system: You are a helpful assistant.
user:
Analyze the provided spectrum to determine if it is a **White Dwarf (WD)**.

A White Dwarf spectrum is defined by its **extreme purity** (due to gravitational settling) and/or **extreme pressure broadening** (due to high surface gravity). You must check for one of the following mutually exclusive signatures:

- **Key Visual Indicators (Check for ONE of these types):**

    - **1. DA-Type Signature (Most Common):**
        - **(Primary Feature):** Extreme pressure broadening (Stark broadening) of the **Hydrogen (H) Balmer lines**.
        - **(Key Lines):** $H\beta$ (approx. $4861$ Å) and $H\gamma$ (approx. $4340$ Å). $H\alpha$ (approx. $6563$ Å) will also be present if the wavelength range covers it.
        - **(Line Profile):** This is the **defining feature**. The lines are **NOT** sharp. They appear as massive, **extremely broad and deep "troughs" or "dips"** in the spectrum, often hundreds of Ångströms wide. The continuum will appear to "scoop" down at these wavelengths.
        - **(Distinction):** Normal A-type or B-type stars have *narrow* and *sharp* Hydrogen lines. A DA White Dwarf's lines are unmistakably "smeared" or "blurry" from pressure.

    - **2. DB-Type Signature:**
        - **(Primary Feature):** Broad absorption lines from **Neutral Helium (He I)**. The spectrum must lack any visible Hydrogen lines.
        - **(Key Lines):** Look for broad absorption near $4471$ Å, $4921$ Å, and $5876$ Å.
        - **(Line Profile):** These lines are also significantly pressure-broadened, appearing much wider than they would in a normal B-type main-sequence star.

    - **3. DC-Type Signature:**
        - **(Primary Feature):** A **featureless continuous spectrum**.
        - **(Line Profile):** The spectrum is a smooth curve with **no significant absorption or emission lines**.
        - **(Key Confirmation):** The continuum is almost always **blue or white**, indicating a hot object. This signature implies the atmosphere is so pure (or so cool) that no spectral lines are visible in the optical range. Its WD identity is confirmed by its extremely low intrinsic brightness (high absolute magnitude).

    - **4. DZ-Type Signature (Metal-Polluted):**
        - **(Primary Feature):** **Isolated, narrow metal absorption lines** on an otherwise featureless (DC-like) continuum.
        - **(Key Lines):** The **Calcium (Ca II) H & K doublet** (approx. **$3934$ Å** and **$3968$ Å**) is the most common and defining feature.
        - **(Line Profile):** These lines are "out of place." They are *not* part of a "forest" of thousands of lines. This signature is evidence of recent *accretion* (pollution) from rocky debris.
        - **(Distinction):** Normal G/K/M stars have a *dense forest* of thousands of metal lines. A DZ has a *clean* continuum with *only a few* strong metal lines.

    - **5. DQ-Type Signature (Carbon-Polluted):**
        - **(Primary Feature):** Absorption bands from **Carbon (C₂ "Swan Bands" or atomic C I)**.
        - **(Key Lines - C₂):** Look for bandheads with a "saw-tooth" shape near $5635$ Å, **$5165$ Å** (strongest), and $4737$ Å.
        - **(Key Confirmation):** The underlying **continuum must be blue or white** (hot).
        - **(Distinction):** This is the critical difference from a **Carbon Star**, which has the *exact same* C₂ bands but on an extremely **red, cool** continuum.

- **(Overall Spectrum):**
    - The continuum (overall shape) is typically **blue-sloping** (brighter in the blue than the red), as most white dwarfs are very hot.
    - The spectrum will look "pure" or "simple," dominated by only *one* of the five signatures listed above.

Think first, call **spectral_visualization_tool** if needed to examine features in detail, then provide your final answer. Your response must adhere to the following strict rules:
1.  **Overall Structure:** Your response must follow the format `<think>...</think> <tool_call>...</tool_call> (if a tool is used) <answer>...</answer>`.
2.  **Tool Usage Constraint:** You may only make **one** tool call per turn.
3.  **Final Answer Format:** In the `<answer>` tag, your conclusion must be inside a `\boxed{}` command (e.g., `\boxed{YES}` or `\boxed{NO}`), followed by your justification.

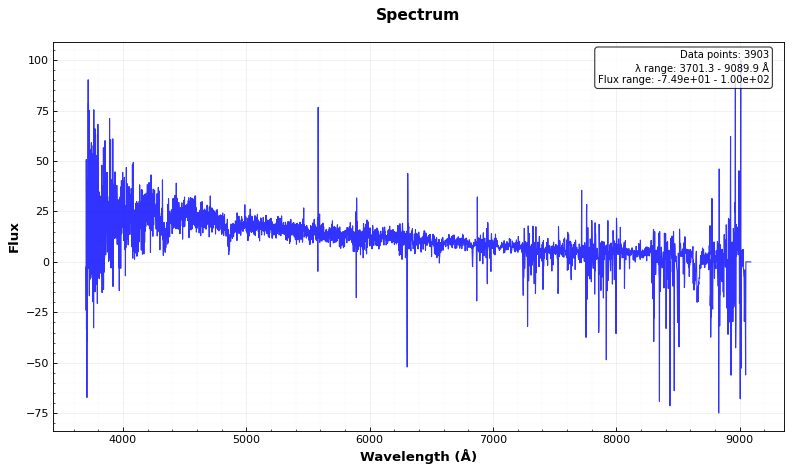
Answer: YES